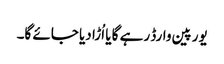
یورپین وارڈ رہے گا یا اُڑا دیا جائے گا۔